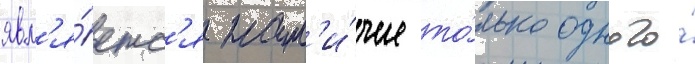
явл'я́етс'я нал'и́чие то́лько одного́